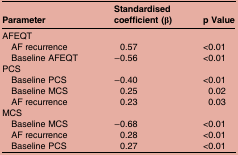
<table><thead><tr><td><b>Parameter</b></td><td><b>Standardised coefficient (β)</b></td><td><b>p Value</b></td></tr></thead><tbody><tr><td colspan="3">AFEQT</td></tr><tr><td> AF recurrence</td><td>0.57</td><td>&lt;0.01</td></tr><tr><td> Baseline AFEQT</td><td>−0.56</td><td>&lt;0.01</td></tr><tr><td colspan="3">PCS</td></tr><tr><td> Baseline PCS</td><td>−0.40</td><td>&lt;0.01</td></tr><tr><td> Baseline MCS</td><td>0.25</td><td>0.02</td></tr><tr><td> AF recurrence</td><td>0.23</td><td>0.03</td></tr><tr><td colspan="3">MCS</td></tr><tr><td> Baseline MCS</td><td>−0.68</td><td>&lt;0.01</td></tr><tr><td> AF recurrence</td><td>0.28</td><td>&lt;0.01</td></tr><tr><td> Baseline PCS</td><td>0.27</td><td>&lt;0.01</td></tr></tbody></table>